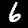
Digit: 6